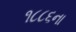
૧૮૮૬ના